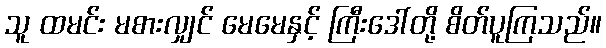
သူ ထမင်း မစားလျှင် မေမေနှင့် ကြီးဒေါ်တို့ စိတ်ပူကြသည်။